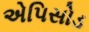
એપિસોડ